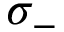
\sigma _ { - }